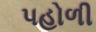
પહોળી